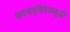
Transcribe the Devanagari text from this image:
सदसद्‌विवेकबुद्धी